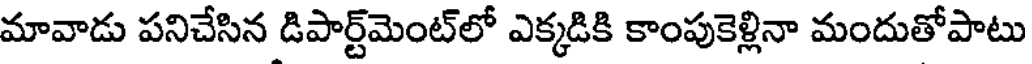
మావాడు పనిచేసిన డిపార్ట్మెంట్లో ఎక్కడికి కాంపుకెళ్లినా మందుతోపాటు